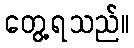
တွေ့ရသည်။